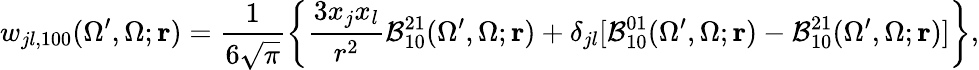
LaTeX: {w}_{jl,100}(\Omega^{\prime},\Omega;\mathbf{r})=\frac{1}{6\sqrt{\pi}}\left\{ \frac{3x_{j}x_{l}}{r^{2}}{\cal B}_{10}^{21}(\Omega^{\prime},\Omega;\mathbf{r})+\delta_{jl}[{\cal B}_{10}^{01}(\Omega^{\prime},\Omega;\mathbf{r})-{\cal B}_{10}^{21}(\Omega^{\prime},\Omega;\mathbf{r})]\right\} ,